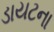
ડાયટના